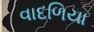
વાદળિયા